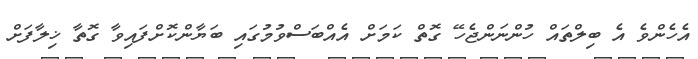
އެހެންވެ އެ ބިލްތައް ހުންނަންޖެހޭ ގޮތް ކަމަށް އެއްބަސްވުމުގައި ބަޔާންކޮށްފައިވާ ގޮތާ ޚިލާފަށް